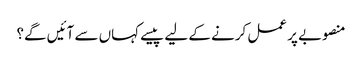
منصوبے پر عمل کرنے کے لیے پیسے کہاں سے آئیں گے؟